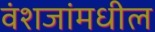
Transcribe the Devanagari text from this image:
वंशजांमधील